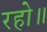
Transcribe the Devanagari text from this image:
रहो॥